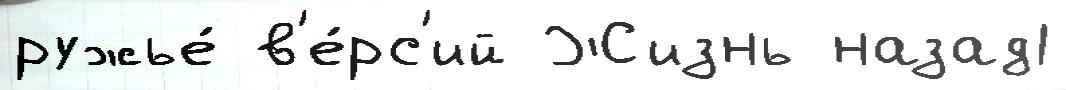
ружье́ в'е́рс'ий Жизнь назад1